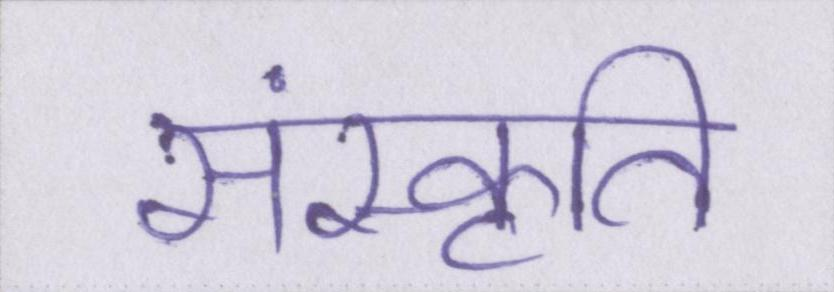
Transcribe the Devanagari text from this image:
संस्कृति